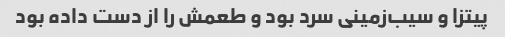
پیتزا و سیب‌زمینی سرد بود و طعمش را از دست داده بود